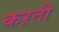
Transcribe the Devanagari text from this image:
कऱती